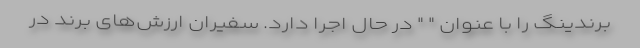
برندینگ را با عنوان " " در حال اجرا دارد. سفیران ارزش‌های برند در